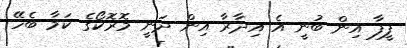
ފީފާ އިން ބުނީ އެ އިދާރާ އިން ދަނީ މޮރޮކޯގެ ކަމާ ބެހޭ